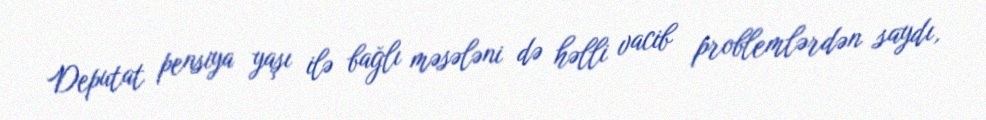
Deputat pensiya yaşı ilə bağlı məsələni də həlli vacib problemlərdən saydı,